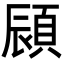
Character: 䫃